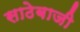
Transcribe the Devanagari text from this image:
साठेबाजी